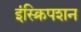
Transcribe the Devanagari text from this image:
इंस्क्रिपशन